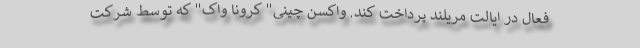
فعال در ایالت مریلند پرداخت کند. واکسن چینی" کرونا واک" که توسط شرکت